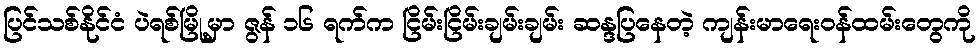
ပြင်သစ်နိုင်ငံ ပဲရစ်မြို့မှာ ဇွန် ၁၆ ရက်က ငြိမ်းငြိမ်းချမ်းချမ်း ဆန္ဒပြနေတဲ့ ကျန်းမာရေးဝန်ထမ်းတွေကို